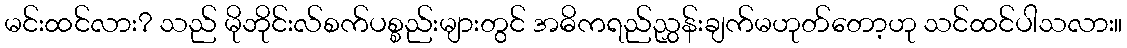
မင်းထင်လား? သည် မိုဘိုင်းလ်စက်ပစ္စည်းများတွင် အဓိကရည်ညွှန်းချက်မဟုတ်တော့ဟု သင်ထင်ပါသလား။